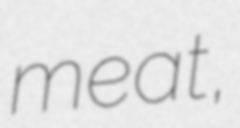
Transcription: meat,